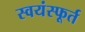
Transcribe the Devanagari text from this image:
स्वयंस्फूर्त